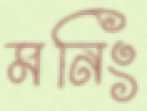
মনিং